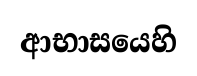
ආභාසයෙහි